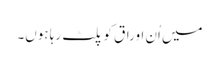
میں اُن اوراق کو پلٹ رہا ہوں۔